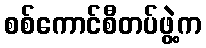
စစ်ကောင်စီတပ်ဖွဲ့က